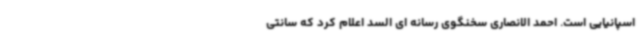
اسپانیایی است. احمد الانصاری سخنگوی رسانه ای السد اعلام کرد که سانتی